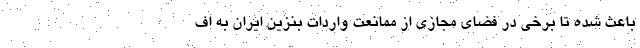
باعث شده تا برخی در فضای مجازی از ممانعت واردات بنزین ایران به اف